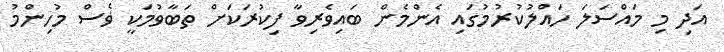
އަދި މި މައްސަލަ ހައްލުކުރުމުގައި އެންމެން ބައިވެރިވާ ފިކުރަކަށް ތަބާވުމަކީ ޥެސް މުހިންމު